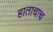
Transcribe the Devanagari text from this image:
हाताचाच